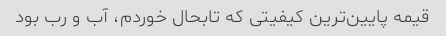
قیمه پایین‌ترین کیفیتی که تابحال خوردم، آب و رب بود